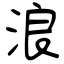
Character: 浪